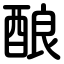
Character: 酿